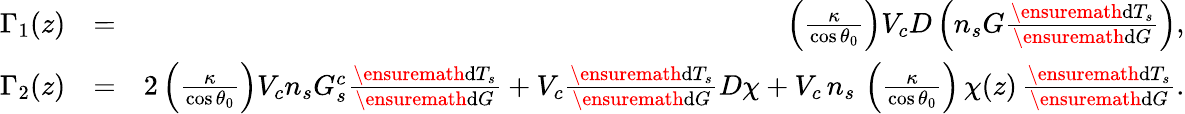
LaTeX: \begin{array}{rlr}{\Gamma_{1}(z)}&{=}&{\left(\frac{\kappa}{\cos{\theta_{0}}}\right)V_{c}D\left(n_{s}G\frac{\ensuremath{\mathrm{d}}T_{s}}{\ensuremath{\mathrm{d}}G}\right),}\\ {\Gamma_{2}(z)}&{=}&{2\left(\frac{\kappa}{\cos{\theta_{0}}}\right)V_{c}n_{s}G_{s}^{c}\frac{\ensuremath{\mathrm{d}}T_{s}}{\ensuremath{\mathrm{d}}G}+V_{c}\frac{\ensuremath{\mathrm{d}}T_{s}}{\ensuremath{\mathrm{d}}G}D\chi+V_{c}\, n_{s}\, \left(\frac{\kappa}{\cos{\theta_{0}}}\right)\, \chi(z)\, \frac{\ensuremath{\mathrm{d}}T_{s}}{\ensuremath{\mathrm{d}}G}.}\end{array}